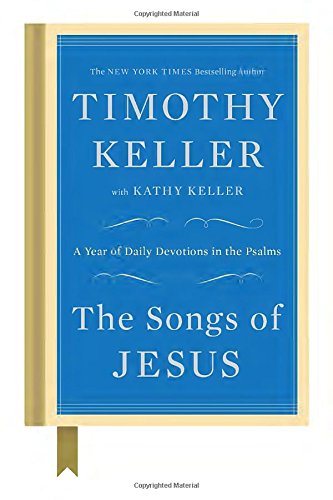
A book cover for The Songs of Jesus: A Year of Daily Devotions in the Psalms; Timothy Keller; Christian Books & Bibles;